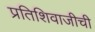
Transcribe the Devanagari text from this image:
प्रतिशिवाजीची